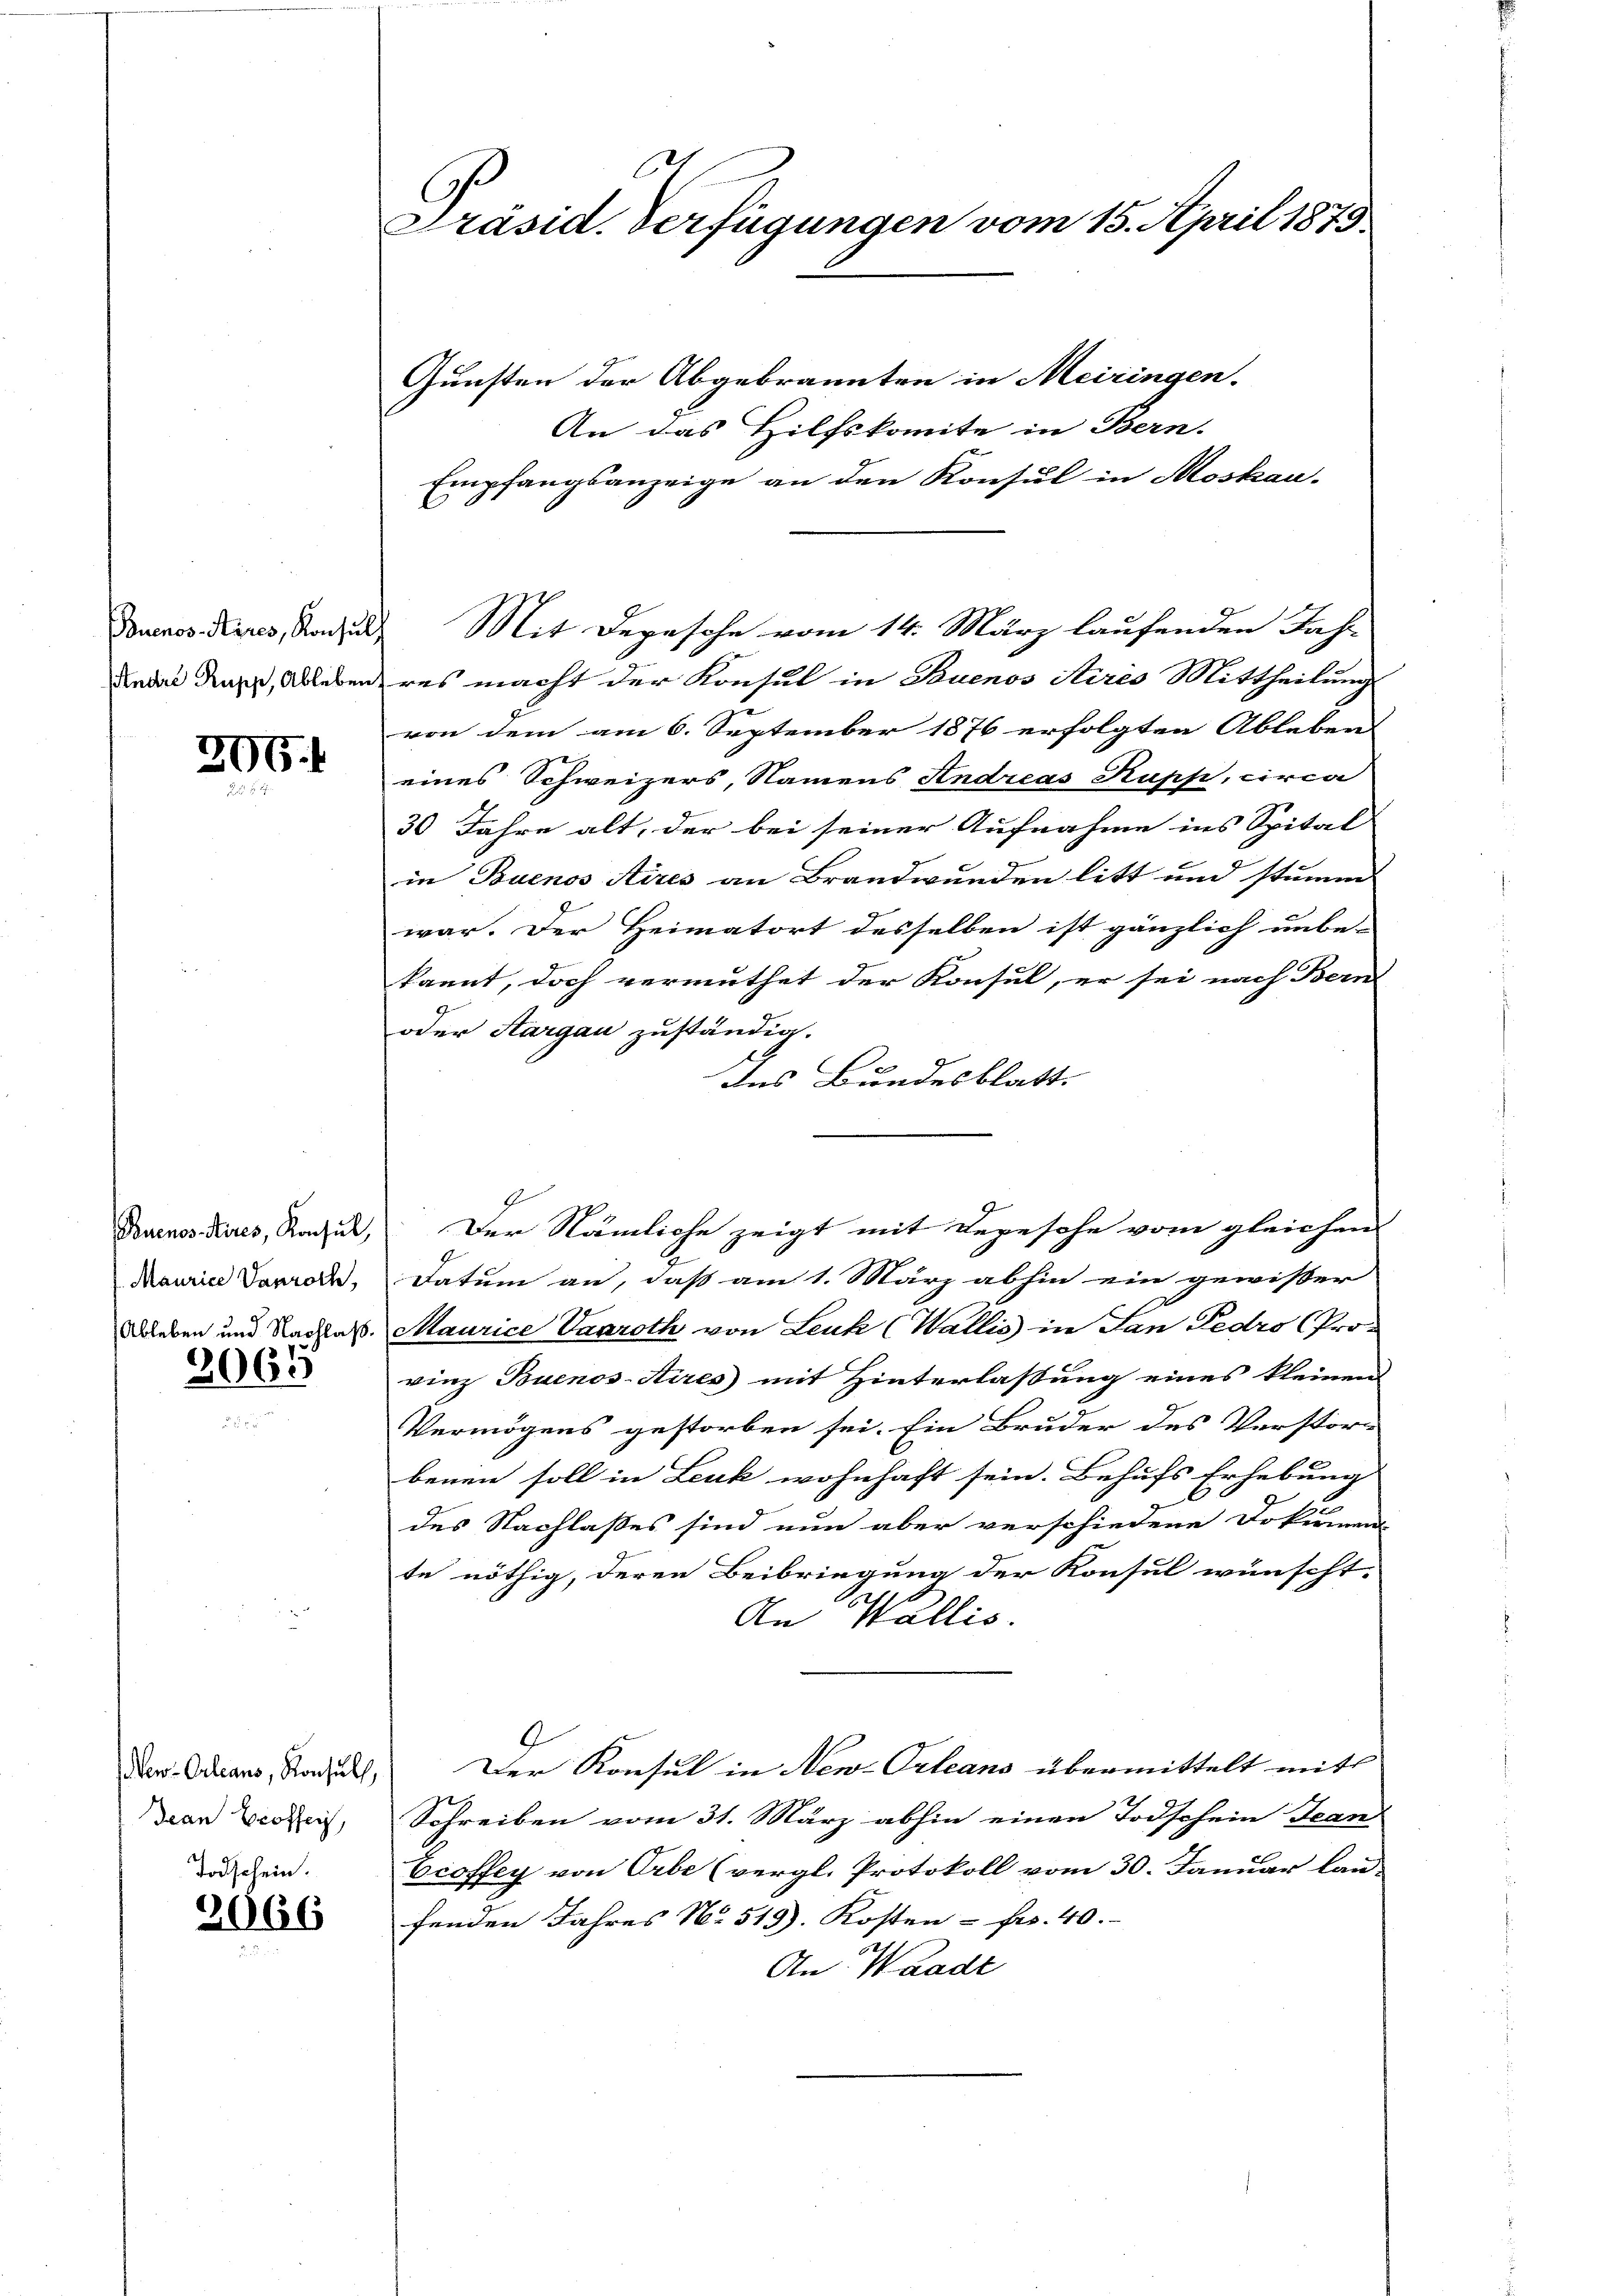
Buenos Aires, Konsul
André Rupp, Ableben.

296.

Maurice Vanroth,
Ableben und Nachlaß.

2065

New-Orleans, Konsuls,
Jean Eröffen,

Todschein.
2066

E
Präsid. Verfügungen vom 15. April 1879.

Gunsten der Abgebrannten in Meiringen.
An das Hilfskomite in Bern.
Empfangsanzeige an den Konsul in Moskau
res macht der Konsul in Buenos Aires Mittheilung
von dem am 6. September 1876 erfolgten Ableben
eines Schweizers, Namens Andreas Kupp, circa
30 Jahre alt, der bei seiner Aufnahme ins Spital
e
in Buenos Aires an Brandwunden litt und stimm
war. Der Heimatort desselben ist gänzlich unbe-
kannt, doch vermuthet der Konsul, er sei nach Bern
oder Aargau zuständig.
des Bundesblatt.
Buenosdicus, Ragul, Der Nämliche zeigt mit Begesehe vom gleichen
Datum an, daß am 1. März abhin ein gewisser
Maurice Vaaroth von Leuk (Wallis in San Fedro (Pro-
vinz Buenos-Aires mit Hinterlassung eines kleinen
Vermögens gestorben sei. Ein Bruder des Verstöre
benen soll in Leuk wohnhaft sein. Behufs Erhebung
e
des Nachlaßes sind nun aber verschiedene Dokumen-
te nöthig, deren Beibringung der Konsul wünscht.
.
An Wallis.
Der Konsul in New-Orleans übermittelt mit |
Schreiben vom 31. März abhin einen Todschein Jean
Eroffey von Orte (vergl. Protokoll vom 30. Januar lau-
fenden Jahres No. 519). Kosten - Fr. 40.
An Waadt

Mit Depesche vom 14. März laufenden Jahr